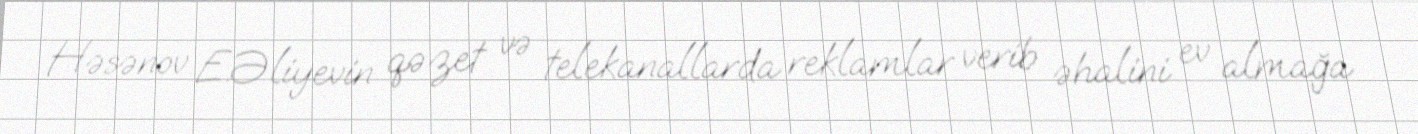
Həsənov E.Əliyevin qəzet və telekanallarda reklamlar verib əhalini ev almağa